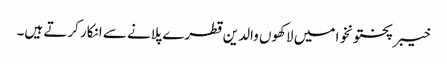
خیبرپختونخوا میں لاکھوں والدین قطرے پلانے سے انکار کرتے ہیں۔